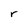
Character: r